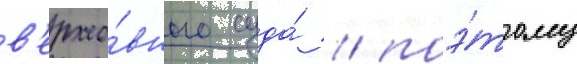
в'ерхо́вного суда́ / поэ́тому